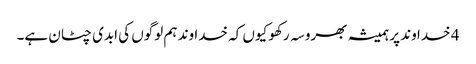
4 خدا وند پر ہمیشہ بھروسہ رکھو کیوں کہ خدا وند ہم لوگوں کی ابدی چٹان ہے۔